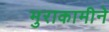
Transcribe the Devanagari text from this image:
मुराकामीने